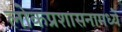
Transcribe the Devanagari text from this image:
लोकप्रशासनामध्ये